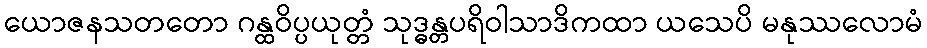
ယောဇနသတတော ဂန္ထဝိပ္ပယုတ္တံ သုဒ္ဓန္တပရိဝါသာဒိကထာ ယသေပိ မနုဿလောမံ